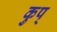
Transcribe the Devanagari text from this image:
कुप्